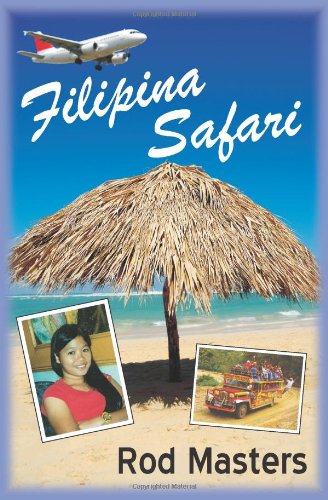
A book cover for Filipina Safari: Hunting the Philippines for the Right Woman; Rod Masters; Travel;